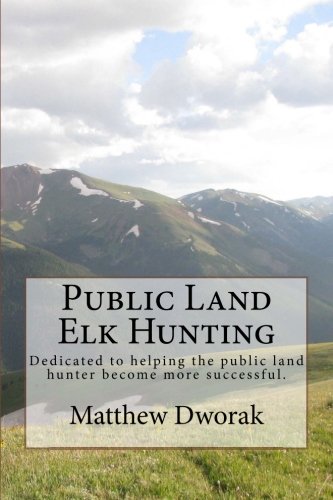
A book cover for Public Land Elk Hunting (Black & White); Matthew Dworak; Sports & Outdoors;